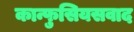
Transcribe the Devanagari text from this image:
कान्फुसियसवाद